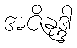
အဇိနုဒ္ဒါ